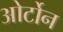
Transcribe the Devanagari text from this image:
ओर्टोन